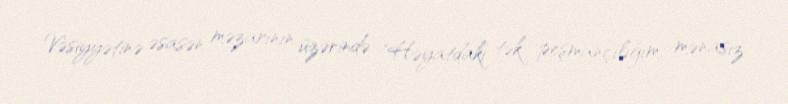
Vəsiyyətinə əsasən məzarının üzərində "Həyatdakı tək peşmançılığım, mənasız